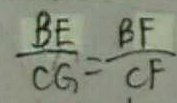
\frac { B E } { C G } = \frac { B F } { C F }